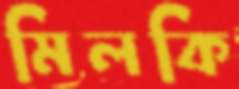
মিলকি